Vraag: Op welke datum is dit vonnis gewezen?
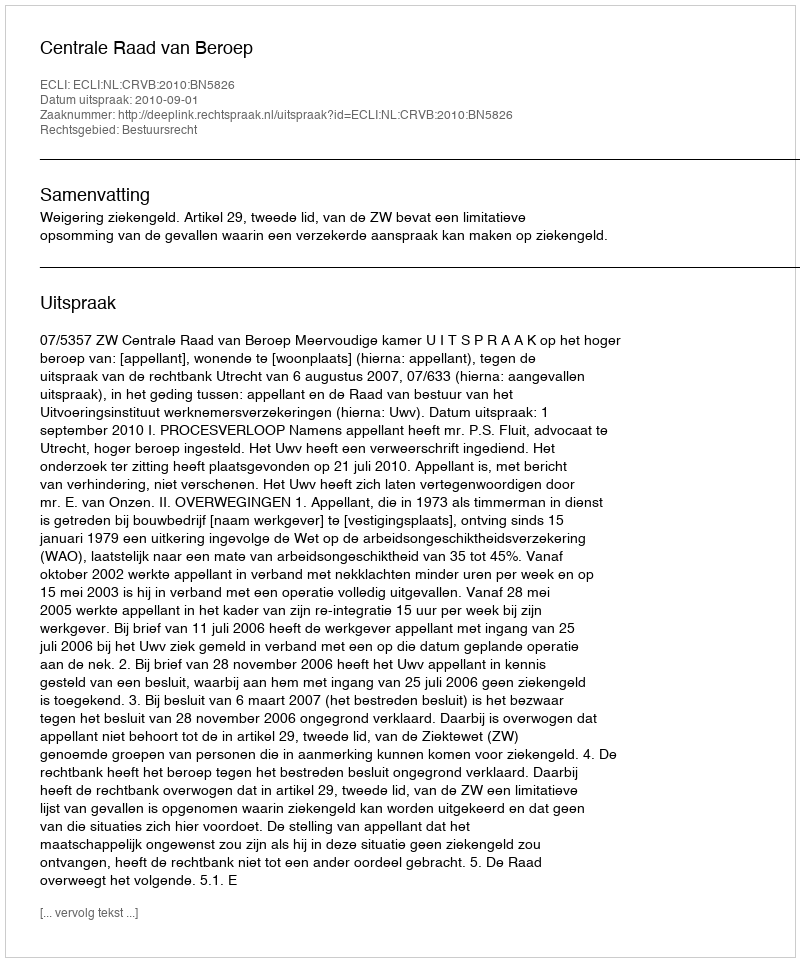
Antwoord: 2010-09-01